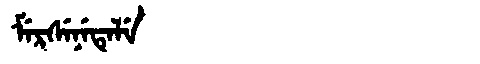
Manchu: ᠮᡝᡵᠰᡝᠨᡝᡨᡝᠯᡝ
Romanization: MERSENETELE